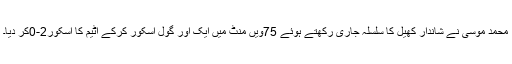
محمد موسیٰ نے شاندار کھیل کا سلسلہ جاری رکھتے ہوئے 75ویں منٹ میں ایک اور گول اسکور کرکے اٹیم کا اسکور2-0کر دیا۔